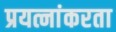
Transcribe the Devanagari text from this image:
प्रयत्नांकरता